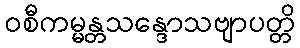
ဝစီကမ္မန္တသန္ဒောသဗျာပတ္တိ